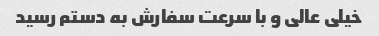
خیلی عالی و با سرعت سفارش به دستم رسید